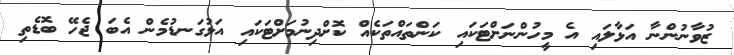
ޒުވާނުންނާ އަޅާލައި އެ މީހުންނަށްޓަކައި ކަންތައްތަކެއް ކޮށްދިނުމަށްޓަކައި އަޅުގަނޑުމެން އެބަ ޖެހޭ ބޮޑެތި